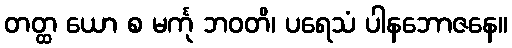
တတ္ထ ယော စ မင်္ကု ဘဝတိ၊ ပရေသံ ပါနဘောဇနေ။